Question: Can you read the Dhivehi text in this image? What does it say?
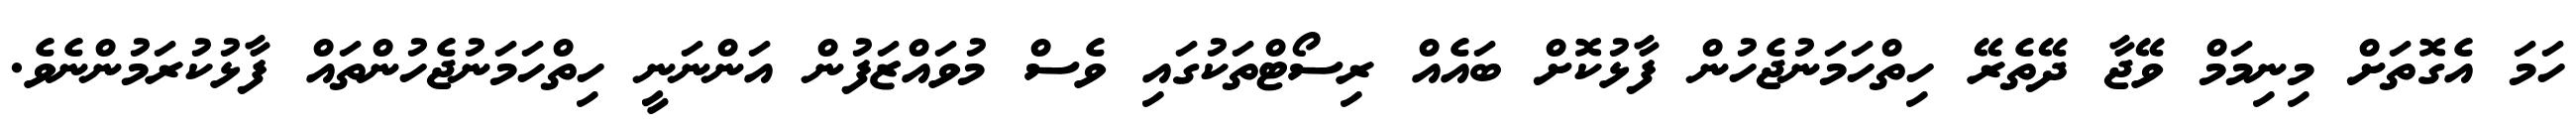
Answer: ހަމަ އެގޮތަށް މިނިމަމް ވޭޖާ ދޭތެރޭ ހިތްހަމަނުޖެހުން ފާޅުކޮށް ބައެއް ރިސޯޓްތަކުގައި ވެސް މުވައްޒަފުން އަންނަނީ ހިތްހަމަނުޖެހުންތައް ފާޅުކުރަމުންނެވެ.